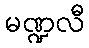
မဏ္ဍလီ